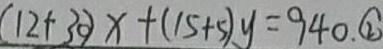
( 1 2 + 3 0 ) x + ( 1 5 + 5 ) y = 9 4 0 . \textcircled { 2 }